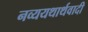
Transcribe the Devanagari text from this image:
नव्ययथार्थवादी